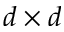
d \times d